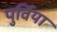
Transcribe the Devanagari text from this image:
पुर्विया